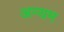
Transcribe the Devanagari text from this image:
अन्यम